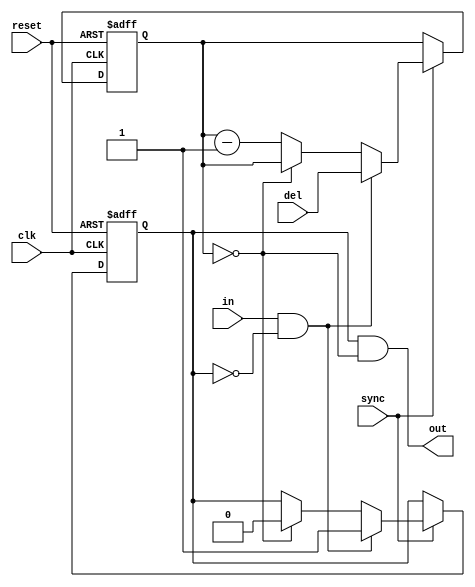
module adc_delay
(
	input  clk,
	input  reset,
	input  sync,
	input  [5:0]del,
	input  in,
	output out
);
	reg running;
	reg [5:0]cnt;
	wire start = in && !running;
	wire stop  = cnt == 0;
	
	always @(posedge clk or posedge reset)
	begin
		if (reset)
		begin
			running <= 0;
			cnt <= 0;
		end
		else if (sync)
		begin
			if (start) running <= 1;
			else if (stop) running <= 0;

			if (start) cnt <= del;
			else if (!stop) cnt <= cnt - 1;
		end
	end

	assign out = running && stop;
endmodule